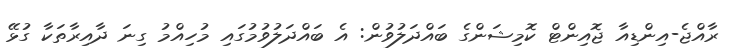
ރާއްޖެ-އިންޑިއާ ޖޮއިންޓް ކޮމިޝަންގެ ބައްދަލުވުން: އެ ބައްދަލުވުމުގައި މުހިއްމު ގިނަ ދާއިރާތަކާ ގުޅޭ